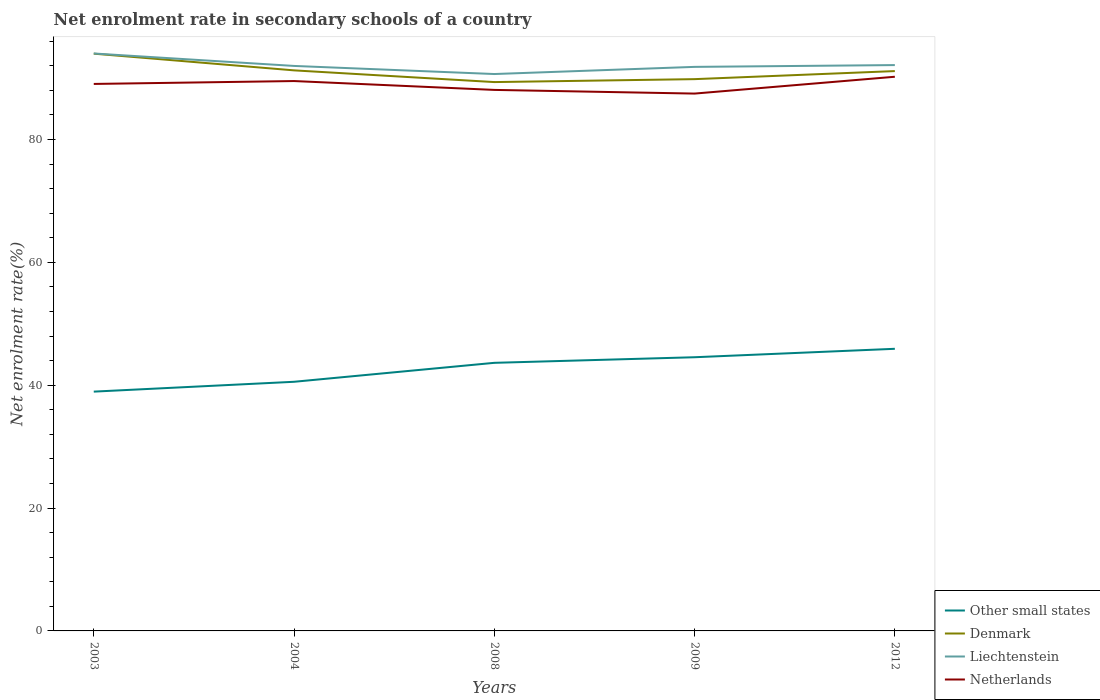
| Years | Other small states | Denmark | Liechtenstein | Netherlands |
 | --- | --- | --- | --- | --- |
 | 2003 | 39 | 94 | 94 | 89 |
 | 2004 | 40.6 | 91.3 | 92 | 89.5 |
 | 2008 | 43.6 | 89.4 | 90.7 | 88.1 |
 | 2009 | 44.6 | 89.8 | 91.8 | 87.5 |
 | 2012 | 45.9 | 91.1 | 92.1 | 90.2 |